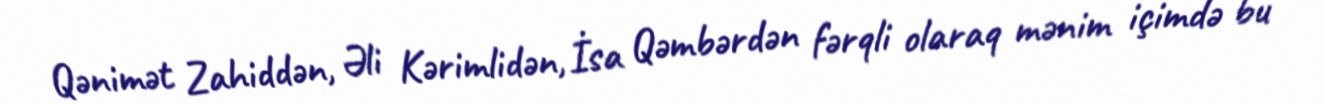
Qənimət Zahiddən, Əli Kərimlidən, İsa Qəmbərdən fərqli olaraq mənim içimdə bu